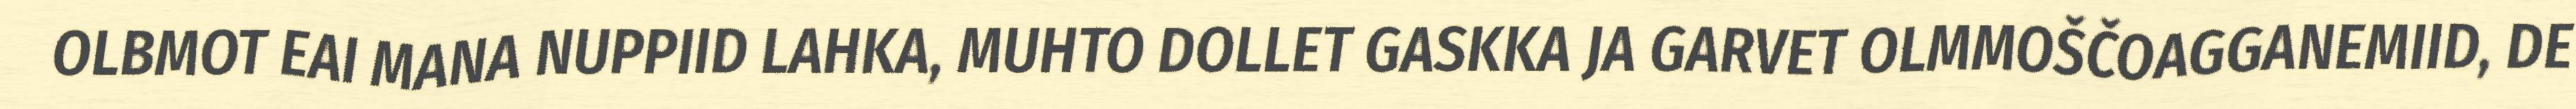
OLBMOT EAI MANA NUPPIID LAHKA, MUHTO DOLLET GASKKA JA GARVET OLMMOŠČOAGGANEMIID, DE